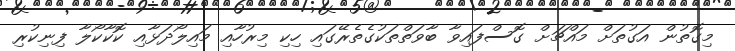
މިގޮތުން އަގުތަށް މައްޗަށް ގޮސްފައިވާ ބާވަތްތަކުގެތެރޭގައި ހިކި މިރުހާއި މައިލޯދަޅާއި ކޮކާކޯލާ ފިނިކުރި